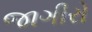
જાગીરો